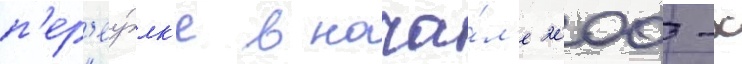
п'ер'еу́лк'е в нача́л'е 2000-х